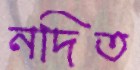
নদিত